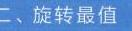
二、旋转最值